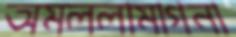
অমললামাগনা